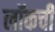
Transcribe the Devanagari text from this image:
लॉकची